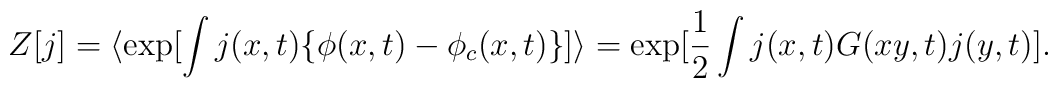
Z[j] = \langle \exp[\int j(x,t) \{ \phi(x,t) - \phi_c(x,t) \} ] \rangle = \exp[\frac{1}{2} \int j(x,t) G(xy,t) j(y,t)].